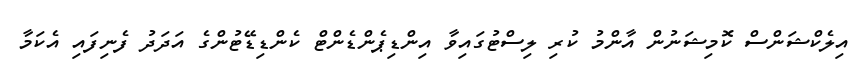
އިލެކްޝަންސް ކޮމިޝަނުން އާންމު ކުރި ލިސްޓުގައިވާ އިންޑިޕެންޑެންޓް ކެންޑިޑޭޓުންގެ އަދަދު ފެނިފައި އެކަމާ